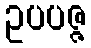
ဥပပဇ္ဇ